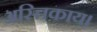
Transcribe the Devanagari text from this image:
अस्तिकाय।